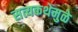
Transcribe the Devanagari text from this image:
सत्यकथेमुळे